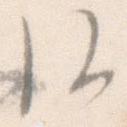
候